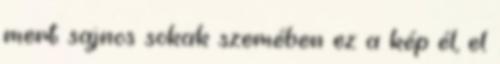
mert sajnos sokak szemében ez a kép él, el